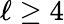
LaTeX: \ell\ge 4